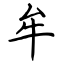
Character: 牟